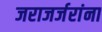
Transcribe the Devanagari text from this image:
जराजर्जरांना